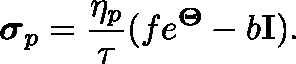
\boldsymbol { \sigma } _ { p } = \frac { \eta _ { p } } { \tau } ( f e ^ { \mathbf { \Theta } } - b \mathbf { I } ) .